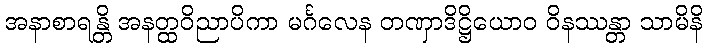
အနာစာရန္တိ အနတ္ထဝိညာပိကာ မင်္ဂလေန တဏှာဒိဋ္ဌိယောဝ ဝိနဿန္တာ သာမိနိ